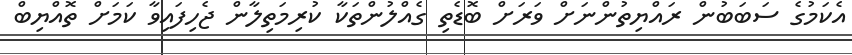
އެކަމުގެ ސަބަބުން ރައްޔިތުންނަށް ވަރަށް ބޮޑެތި ގެއްލުންތަކާ ކުރިމަތިލާން ޖެހިފައިވާ ކަމަށް ތޮއްޔިބް